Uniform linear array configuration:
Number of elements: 24
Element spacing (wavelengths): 0.5
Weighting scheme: hann
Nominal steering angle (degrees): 60
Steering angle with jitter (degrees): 61.035
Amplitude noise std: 0.05
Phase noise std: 0.05

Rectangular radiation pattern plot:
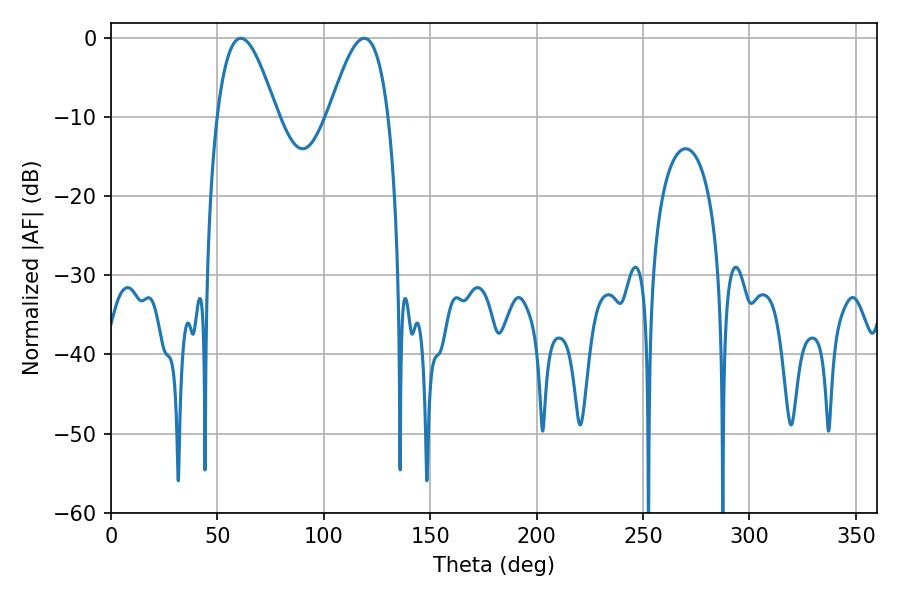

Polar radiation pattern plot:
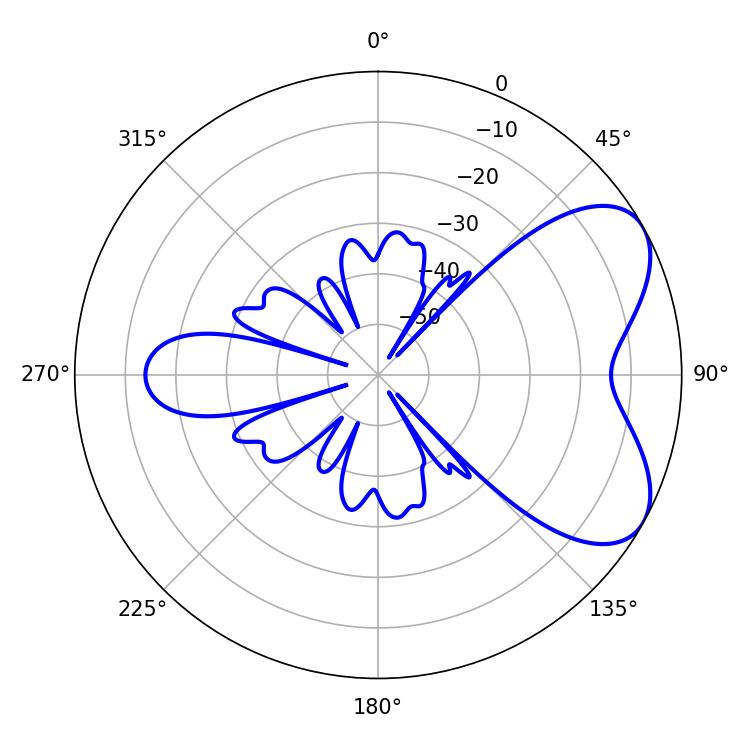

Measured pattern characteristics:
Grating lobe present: FALSE
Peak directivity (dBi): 5.922
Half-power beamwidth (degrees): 15.12
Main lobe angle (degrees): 61.02